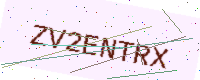
Text: ZV2ENTRX